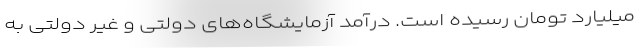
میلیارد تومان رسیده است. درآمد آزمایشگاه‌های دولتی و غیر دولتی به